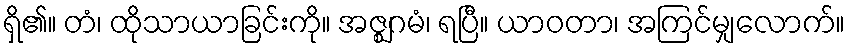
ရှိ၏။ တံ၊ ထိုသာယာခြင်းကို။ အဇ္ဈဂမံ၊ ရပြီ။ ယာဝတာ၊ အကြင်မျှလောက်။